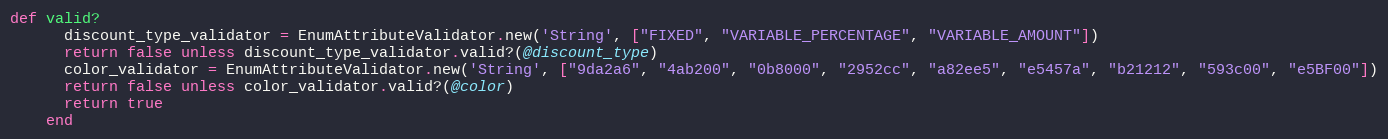
Language: Ruby
def valid?
      discount_type_validator = EnumAttributeValidator.new('String', ["FIXED", "VARIABLE_PERCENTAGE", "VARIABLE_AMOUNT"])
      return false unless discount_type_validator.valid?(@discount_type)
      color_validator = EnumAttributeValidator.new('String', ["9da2a6", "4ab200", "0b8000", "2952cc", "a82ee5", "e5457a", "b21212", "593c00", "e5BF00"])
      return false unless color_validator.valid?(@color)
      return true
    end